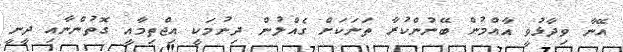
އޭނާ ވިދާޅުވީ އާއްމުން ބޭނުންކުރާ ތަނަކަށް ގެއްލުން ދިނުމަކީ އިޖްތިމާއީ ގޮތުންނާއި ދީނީ